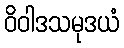
ဝိဝါဒသမုဒယံ